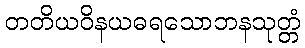
တတိယဝိနယဓရသောဘနသုတ္တံ